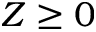
Z \ge 0